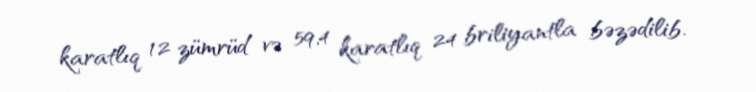
karatlıq 12 zümrüd və 59,4 karatlıq 24 briliyantla bəzədilib.